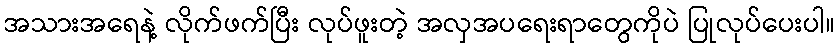
အသားအရေနဲ့ လိုက်ဖက်ပြီး လုပ်ဖူးတဲ့ အလှအပရေးရာတွေကိုပဲ ပြုလုပ်ပေးပါ။